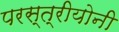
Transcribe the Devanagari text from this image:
परस्त्रीयोनी